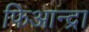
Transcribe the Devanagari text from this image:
फिआन्द्रा